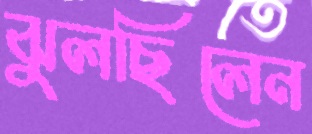
ঝুলছিলেন